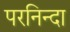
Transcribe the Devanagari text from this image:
परनिन्दा